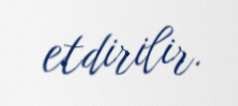
etdirilir.